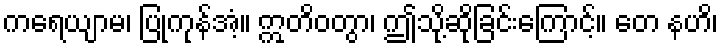
ကရေယျာမ၊ ပြုကုန်အံ့။ ဣတိဝတွာ၊ ဤသို့ဆိုခြင်းကြောင့်။ တေ နဟိ၊